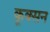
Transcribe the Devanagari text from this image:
कूक्सन